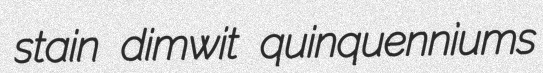
stain dimwit quinquenniums